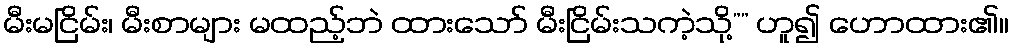
မီးမငြိမ်း၊ မီးစာများ မထည့်ဘဲ ထားသော် မီးငြိမ်းသကဲ့သို့”” ဟူ၍ ဟောထား၏။